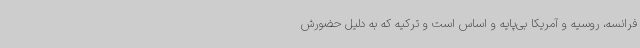
فرانسه، روسیه و آمریکا بی‌پایه و اساس است و ترکیه که به دلیل حضورش